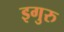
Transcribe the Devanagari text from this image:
इगुरु